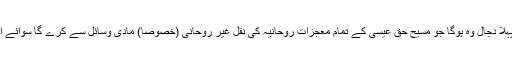
شیخ موصوف کے مطابق آخری زمانے کے تین بڑے دجال ہیں: (1)پہلا دجال وہ ہوگا جو مسیح حق عیسیٰؑ کے تمام معجزات ِروحانیہ کی نقل غیر روحانی (خصوصاً) مادی وسائل سے کرے گا سوائے احیاء الموتیٰ (مردہ کو زندہ کرنا) ،یہ ’’دجالِ علوم یا دجال ِاصغر‘‘ ہے۔